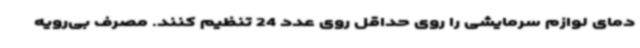
دمای لوازم سرمایشی را روی حداقل روی عدد 24 تنظیم کنند. مصرف بی‌رویه